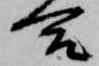
合